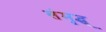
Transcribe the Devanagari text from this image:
संमृद्ध्